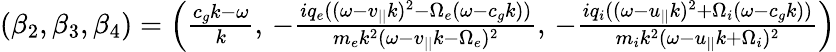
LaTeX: \begin{array}{r}{(\beta_{2},\beta_{3},\beta_{4})=\left(\frac{c_{g}k-\omega}{k},\, -\frac{iq_{e}((\omega-v_{||}k)^{2}-\Omega_{e}(\omega-c_{g}k))}{m_{e}k^{2}(\omega-v_{||}k-\Omega_{e})^{2}},\, -\frac{iq_{i}((\omega-u_{||}k)^{2}+\Omega_{i}(\omega-c_{g}k))}{m_{i}k^{2}(\omega-u_{||}k+\Omega_{i})^{2}}\right)}\end{array}